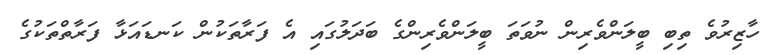
ހާޒިރުވެ ތިބި ބީލަންވެެރިން ނުވަތަ ބީލަންވެރިންގެ ބަދަލުގައި އެ ފަރާތަކުން ކަނޑައަޅާ ފަރާތްތަކުގެ